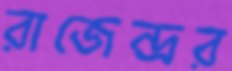
রাজেন্দ্রর